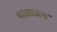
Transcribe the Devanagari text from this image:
चाखावला